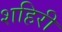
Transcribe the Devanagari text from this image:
शहिरी